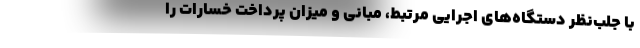
با جلب‌نظر دستگاه‌های اجرایی مرتبط، مبانی و میزان پرداخت خسارات را